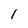
Character: 1